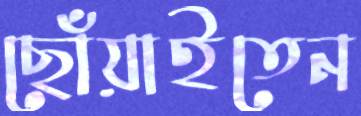
ছোঁয়াইতেন